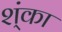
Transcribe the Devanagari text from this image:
श्ंका